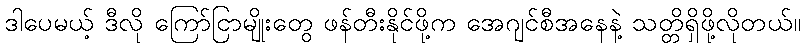
ဒါပေမယ့် ဒီလို ကြော်ငြာမျိုးတွေ ဖန်တီးနိုင်ဖို့က အေဂျင်စီအနေနဲ့ သတ္တိရှိဖို့လိုတယ်။